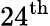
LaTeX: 24^{\mathrm{th}}